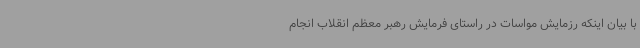
با بیان اینکه رزمایش مواسات در راستای فرمایش رهبر معظم انقلاب انجام